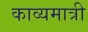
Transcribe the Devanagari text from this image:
काव्यमात्री